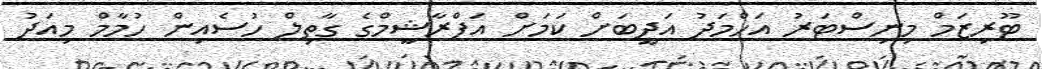
ޓޫރިޒަމް މިނިސްޓަރު އަހްމަދު އަދީބަށް ކަމަށް އަފްރާޝީމްގެ ގާތިލް ހުސެއިން ހުމާމް މިއަދު